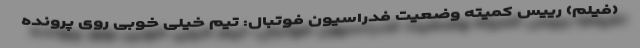
(فیلم) رییس کمیته وضعیت فدراسیون فوتبال: تیم خیلی خوبی روی پرونده